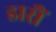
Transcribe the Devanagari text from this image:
डारौं